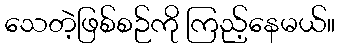
သေတဲ့ဖြစ်စဉ်ကို ကြည့်နေမယ်။